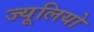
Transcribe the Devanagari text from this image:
ज्यूलियो